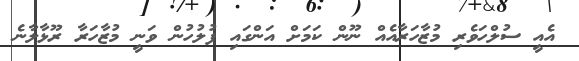
އެއީ ސުލްހަވެރި މުޒާހަރާއެއް ނޫން ކަމަށް އަންގައި ފުލުހުން ވަނީ މުޒާހަރާ ރޫޅާލާނެ